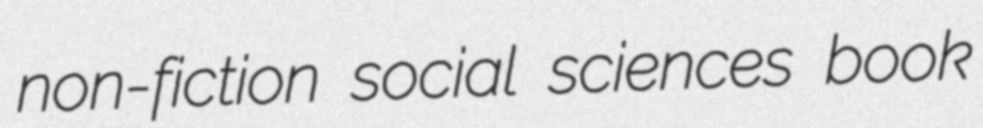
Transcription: non-fiction social sciences book